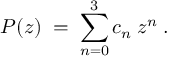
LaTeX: { \cal { P } } ( z ) \; = \; \sum _ { n = 0 } ^ { 3 } c _ { n } \: z ^ { n } \; .